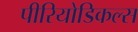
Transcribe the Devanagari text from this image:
पीरियोडिकल्स